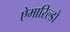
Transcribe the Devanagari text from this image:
ऐमारिल्डो